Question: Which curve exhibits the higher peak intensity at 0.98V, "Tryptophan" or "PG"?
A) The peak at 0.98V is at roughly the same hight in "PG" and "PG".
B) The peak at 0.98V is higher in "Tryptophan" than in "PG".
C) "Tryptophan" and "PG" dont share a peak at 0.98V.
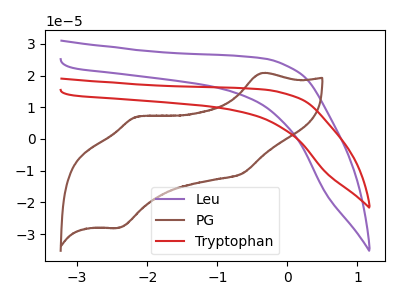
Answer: <think>The purple curve "Leu" has no peaks. The brown curve "PG" has anodic peaks at (-0.40V, 20.75uA) (-2.15V, 7.00uA) and cathodic peaks at (-0.65V, -10.95uA) (-2.40V, -28.05uA). The red curve "Tryptophan" has no peaks.</think>
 <answer>C) "Tryptophan" and "PG" dont share a peak at 0.98V.</answer>
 <eval>C</eval>